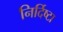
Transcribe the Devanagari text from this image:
निर्दिष्टा